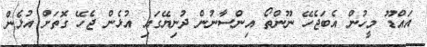
އަައްޑޫ މީހުން އެބަޖެހޭ ނޫންތޯ އިންސާނުން ދުނިޔޭގައި އުޅެން ޖެހޭ ގޮތަށް އުޅެން